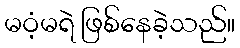
မဝံ့မရဲ ဖြစ်နေခဲ့သည်။